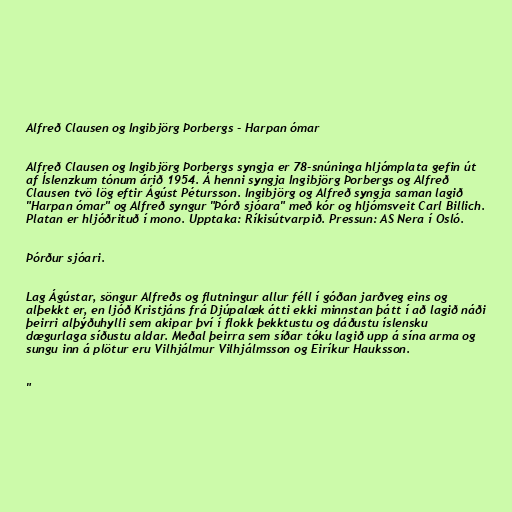
Alfreð Clausen og Ingibjörg Þorbergs - Harpan ómar

Alfreð Clausen og Ingibjörg Þorbergs syngja er 78-snúninga hljómplata gefin út
af Íslenzkum tónum árið 1954. Á henni syngja Ingibjörg Þorbergs og Alfreð
Clausen tvö lög eftir Ágúst Pétursson. Ingibjörg og Alfreð syngja saman lagið
"Harpan ómar" og Alfreð syngur "Þórð sjóara" með kór og hljómsveit Carl Billich.
Platan er hljóðrituð í mono. Upptaka: Ríkisútvarpið. Pressun: AS Nera í Osló.

Þórður sjóari.

Lag Ágústar, söngur Alfreðs og flutningur allur féll í góðan jarðveg eins og
alþekkt er, en ljóð Kristjáns frá Djúpalæk átti ekki minnstan þátt í að lagið náði
þeirri alþýðuhylli sem akipar því í flokk þekktustu og dáðustu íslensku
dægurlaga síðustu aldar. Meðal þeirra sem síðar tóku lagið upp á sína arma og
sungu inn á plötur eru Vilhjálmur Vilhjálmsson og Eiríkur Hauksson.

"